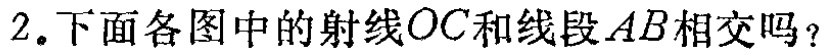
2.下面各图中的射线\(OC\)和线段\(AB\)相交吗？